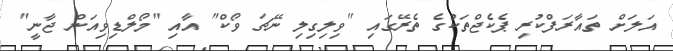
އަލަށް ތައާރަފްކުރި ޕެކެޖްތަކުގެ ތެރޭގައި "ވިލިގިލި ނޭޗަ ވޯކް" އާއި "މޯލްޑިވިއަން ޖާނީ"